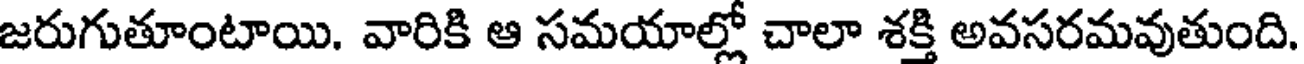
జరుగుతూంటాయి. వారికి ఆ సమయాల్లో చాలా శక్తి అవసరమవుతుంది